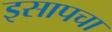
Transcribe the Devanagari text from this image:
इसापचा